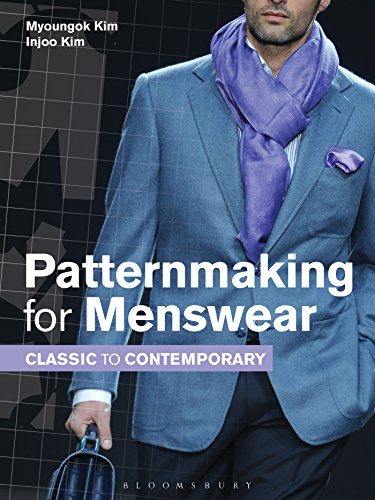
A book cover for Patternmaking for Menswear: Classic to Contemporary; Myoungok Kim; Arts & Photography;